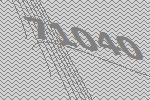
71040